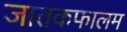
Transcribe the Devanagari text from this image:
जातकफालम